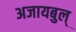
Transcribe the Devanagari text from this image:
अजायबुल्